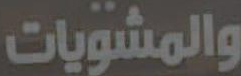
والمشويات